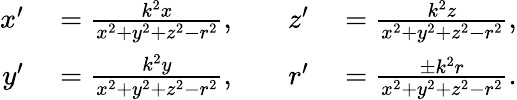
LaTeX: \begin{array}{rlrl}{x^{\prime}}&{{}={\frac{k^{2}x}{x^{2}+y^{2}+z^{2}-r^{2}}},\quad}&{z^{\prime}}&{{}={\frac{k^{2}z}{x^{2}+y^{2}+z^{2}-r^{2}}},}\\ {y^{\prime}}&{{}={\frac{k^{2}y}{x^{2}+y^{2}+z^{2}-r^{2}}},}&{r^{\prime}}&{{}={\frac{\pm k^{2}r}{x^{2}+y^{2}+z^{2}-r^{2}}}.}\end{array}